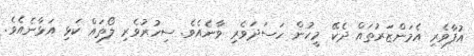
އުފާވެރި އެމަންޒަރުތައް ދެކޭ މީހުން ހަސަދަވެރި ވާނެއެވެ. ސިހުރުވެރި ލޯތައް ކަޅި އަޅާނެއެވެ.